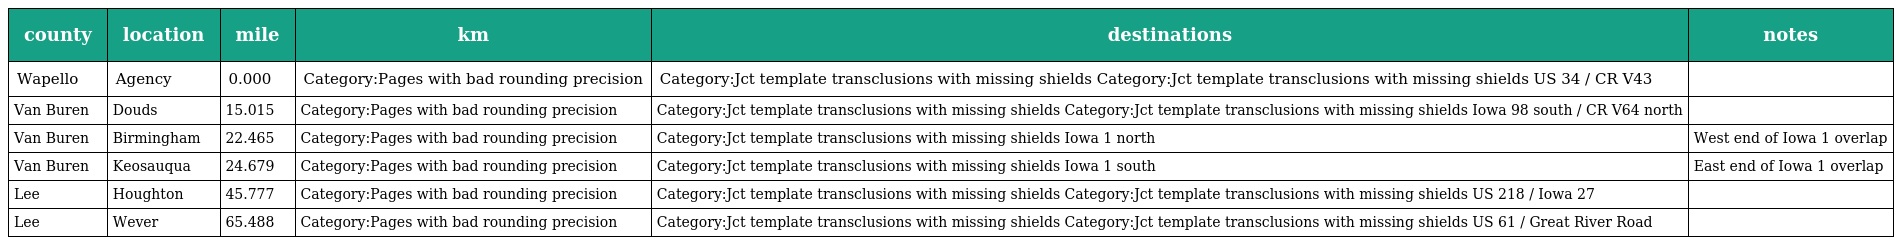
| county | location | mile | km | destinations | notes |
 | --- | --- | --- | --- | --- | --- |
 | Wapello | Agency | 0.000 | Category:Pages with bad rounding precision | Category:Jct template transclusions with missing shields Category:Jct template transclusions with missing shields US 34 / CR V43 |  |
 | Van Buren | Douds | 15.015 | Category:Pages with bad rounding precision | Category:Jct template transclusions with missing shields Category:Jct template transclusions with missing shields Iowa 98 south / CR V64 north |  |
 | Van Buren | Birmingham | 22.465 | Category:Pages with bad rounding precision | Category:Jct template transclusions with missing shields Iowa 1 north | West end of Iowa 1 overlap |
 | Van Buren | Keosauqua | 24.679 | Category:Pages with bad rounding precision | Category:Jct template transclusions with missing shields Iowa 1 south | East end of Iowa 1 overlap |
 | Lee | Houghton | 45.777 | Category:Pages with bad rounding precision | Category:Jct template transclusions with missing shields Category:Jct template transclusions with missing shields US 218 / Iowa 27 |  |
 | Lee | Wever | 65.488 | Category:Pages with bad rounding precision | Category:Jct template transclusions with missing shields Category:Jct template transclusions with missing shields US 61 / Great River Road |  |